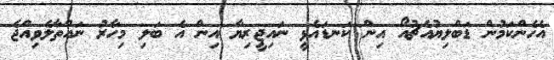
އެހެންކަމުން ޑަބްލިޔުއެޗުއޯ އިން ކަނޑައެޅީ ނައިޖީރިޔާ އިން އެ ބަލި މިހާރު ނައްތާލެވިއްޖެ